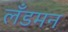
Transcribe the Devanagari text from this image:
लँडमन